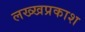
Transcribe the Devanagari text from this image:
लख्खप्रकाश